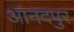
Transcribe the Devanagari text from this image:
आंनदपुर